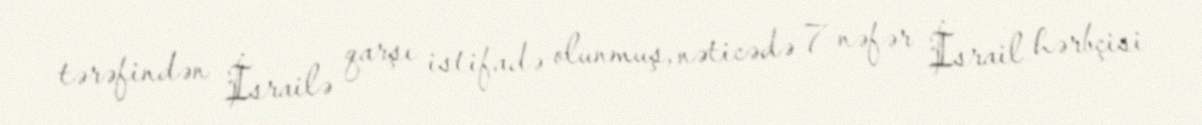
tərəfindən İsrailə qarşı istifadə olunmuş, nəticədə 7 nəfər İsrail hərbçisi